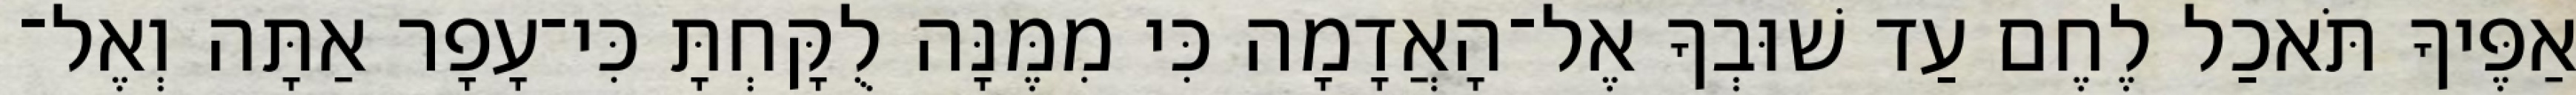
אַפֶּיךָ תֹּאכַל לֶחֶם עַד שׁוּבְךָ אֶל־הָאֲדָמָה כִּי מִמֶּנָּה לֻקָּחְתָּ כִּי־עָפָר אַתָּה וְאֶל־